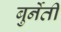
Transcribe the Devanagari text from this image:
बुर्नेती